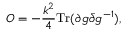
O = - { \frac { k ^ { 2 } } { 4 } } \mathrm { T r } ( \partial g \bar { \partial } g ^ { - 1 } ) ,